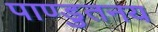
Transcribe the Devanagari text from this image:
पाण्डुतनय